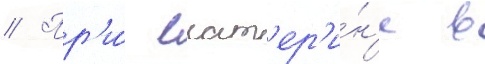
// Пр'и́ екат'ер'и́н'е в